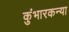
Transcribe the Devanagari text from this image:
कुंभारकन्या